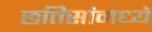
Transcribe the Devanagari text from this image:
छत्तिसांमध्ये